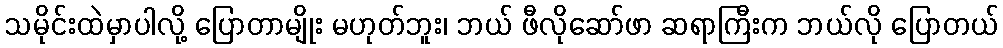
သမိုင်းထဲမှာပါလို့ ပြောတာမျိုး မဟုတ်ဘူး၊ ဘယ် ဖီလိုဆော်ဖာ ဆရာကြီးက ဘယ်လို ပြောတယ်